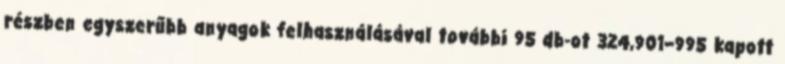
részben egyszerűbb anyagok felhasználásával további 95 db-ot 324,901–995 kapott